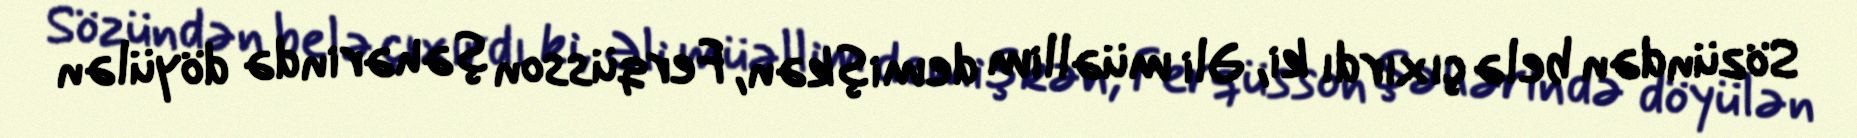
Sözündən belə çıxırdı ki, Əli müəllim demişkən, Ferqüsson şəhərində döyülən